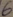
Text: 6